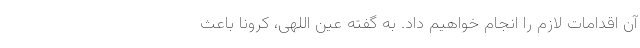
آن اقدامات لازم را انجام خواهیم داد. به گفته عین اللهی، کرونا باعث